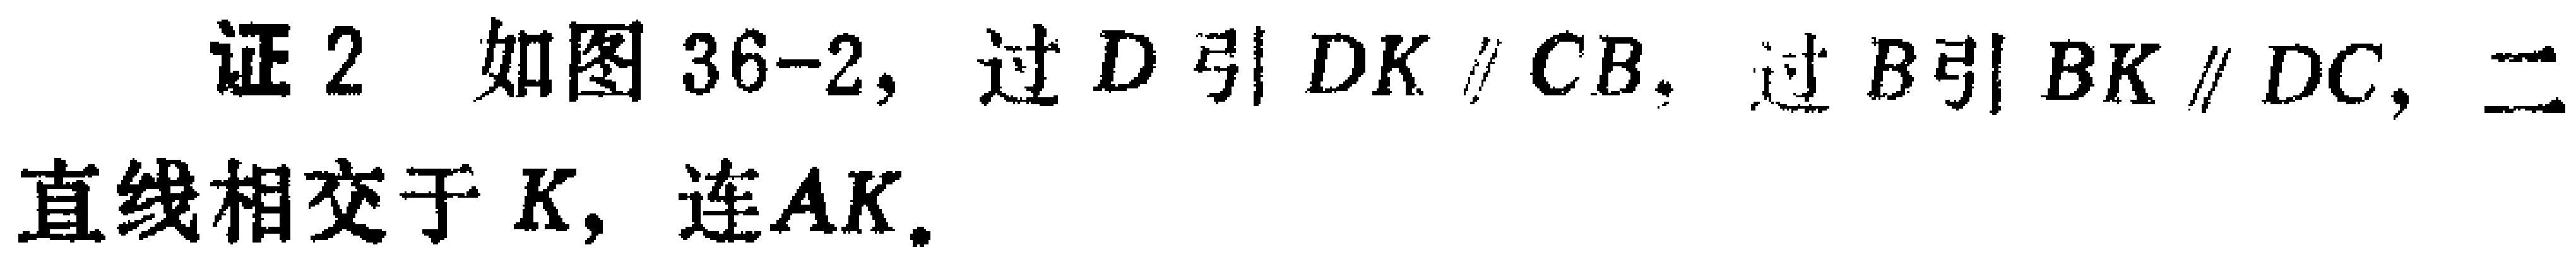
证 2 如图 36-2, 过 \(D\) 引 \(DK\parallel CB\). 过 \(B\) 引 \(BK\parallel DC\), 二直线相交于 \(K\), 连 \(AK\).